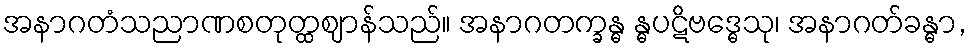
အနာဂတံသညာဏစတုတ္ထဈာန်သည်။ အနာဂတက္ခန္ဓ န္ဓပဋိဗဒ္ဓေသု၊ အနာဂတ်ခန္ဓာ,